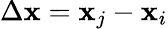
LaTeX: \Delta\mathbf{x}=\mathbf{x}_{j}-\mathbf{x}_{i}